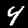
Label: 4